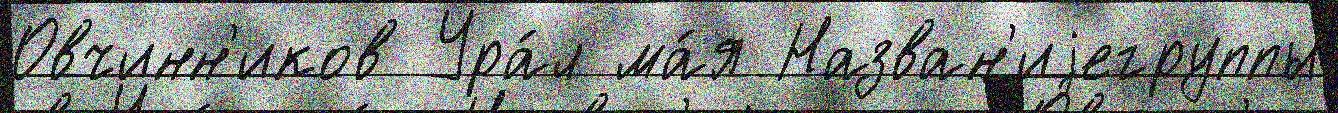
Овчинн'иков Ура́л ма́я Назван'иjегруппы